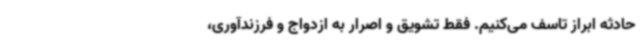
حادثه ابراز تاسف می‌کنیم. فقط تشویق و اصرار به ازدواج و فرزندآوری،